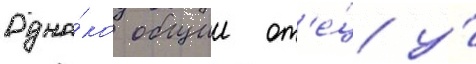
Одна́ко общии от'е́ц у́